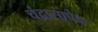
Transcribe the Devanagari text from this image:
चंद्रासापेक्ष